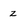
Character: z